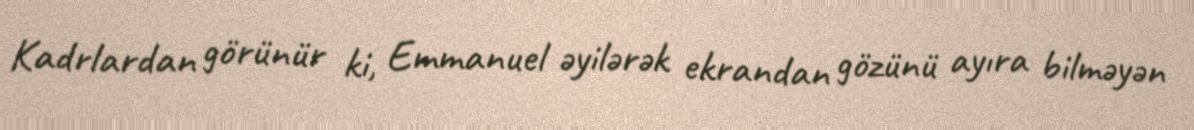
Kadrlardan görünür ki, Emmanuel əyilərək ekrandan gözünü ayıra bilməyən